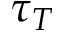
\tau _ { T }